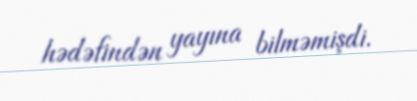
hədəfindən yayına bilməmişdi.